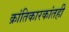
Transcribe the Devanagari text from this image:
क्रांतिकारकांतही